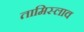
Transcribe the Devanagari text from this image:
तामिस्लाव